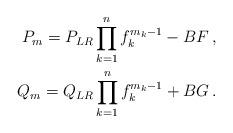
LaTeX: \begin{align*}P_m=P_{LR}\prod_{k=1}^n f_k^{m_k-1}-BF\,,\\Q_m=Q_{LR}\prod_{k=1}^n f_k^{m_k-1}+BG\,.\end{align*}